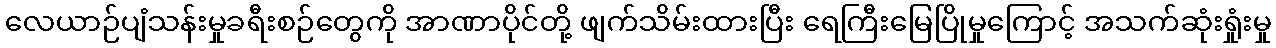
လေယာဉ်ပျံသန်းမှုခရီးစဉ်တွေကို အာဏာပိုင်တို့ ဖျက်သိမ်းထားပြီး ရေကြီးမြေပြိုမှုကြောင့် အသက်ဆုံးရှုံးမှု